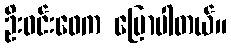
ဦးဝင်းဖေက ပြောပါတယ်။